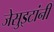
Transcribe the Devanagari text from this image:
जेसुइटांनी